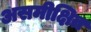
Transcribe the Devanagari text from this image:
असमीक्षित